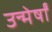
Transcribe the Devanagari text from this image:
उन्मेर्षों